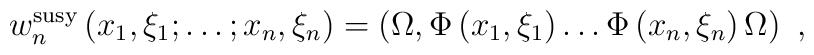
w_n^{\rm susy}\left(x_1,\xi_1;\ldots;x_n,\xi_n\right) =\left(\Omega,\Phi \left(x_1,\xi_1\right) \ldots \Phi \left(x_n,\xi_n\right) \Omega\right)\,\,,